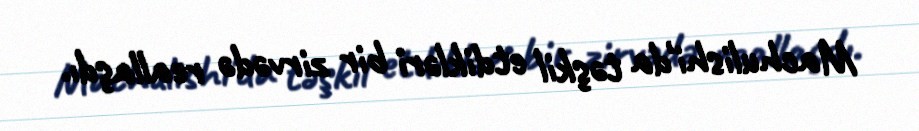
Machulishi'da təşkil etdikləri bir zirvədə reallaşdı.